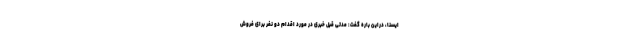
ایسنا، دراین باره گفت: مدتی قبل خبری در مورد اقدام دو نفر برای فروش